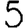
Digit: 5